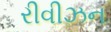
રીવીઝન